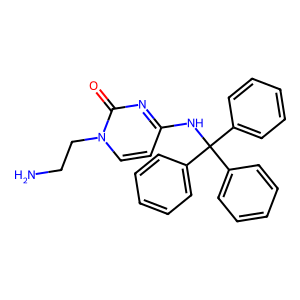
SMILES: NCCn1ccc(NC(c2ccccc2)(c2ccccc2)c2ccccc2)nc1=O
Inhibits HIV replication: No